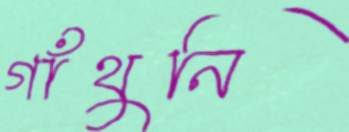
গাঁথুনি